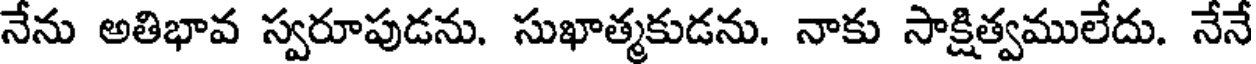
నేను అతిభావ స్వరూపుడను. సుఖాత్మకుడను. నాకు సాక్షిత్వములేదు. నేనే